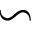
\backsim